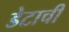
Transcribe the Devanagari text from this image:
डेटाची